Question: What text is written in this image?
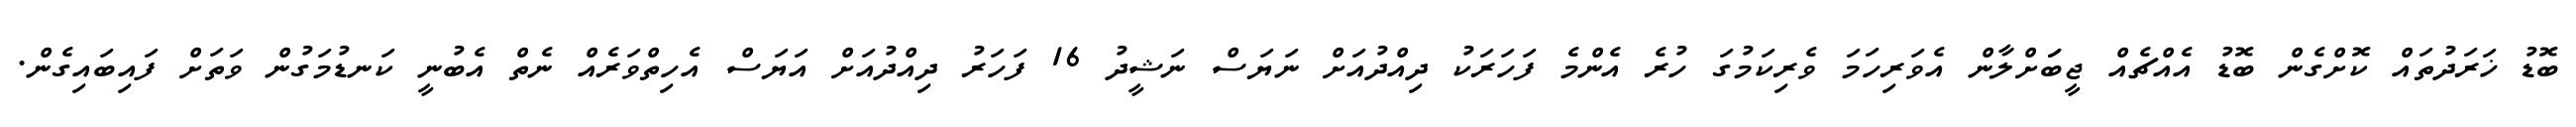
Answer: ބޮޑު ޚަރަދުތައް ކޮށްގެން ބޮޑު އެއްޗެއް ޖީބަަށްލާން އެވަރިހަމަ ވެރިކަމުގަ ހުރެ އެންމެ ފަހަރަކު ދިއްދުއަށް ނަޔަސް ނަޝީދު 16 ފަހަރު ދިއްދުއަށް އަޔަސް އެހިތްވަރެއް ނެތް އެބުނީ ކަނޑުމަގުން ވަތަށް ފައިބައިގެން.